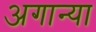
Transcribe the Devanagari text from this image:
अगान्या